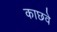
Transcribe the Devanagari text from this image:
काछवे